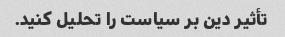
تأثیر دین بر سیاست را تحلیل کنید.